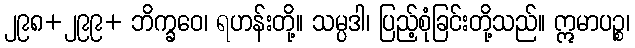
၂၉၈+၂၉၉+ ဘိက္ခဝေ၊ ရဟန်းတို့။ သမ္ပဒါ၊ ပြည့်စုံခြင်းတို့သည်။ ဣမာပဉ္စ၊